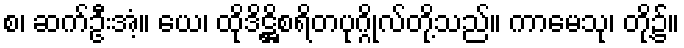
စ၊ ဆက်ဦးအံ့။ ယေ၊ ထိုဒိဋ္ဌိစရိတပုဂ္ဂိုလ်တို့သည်။ ကာမေသု၊ တို့၌။